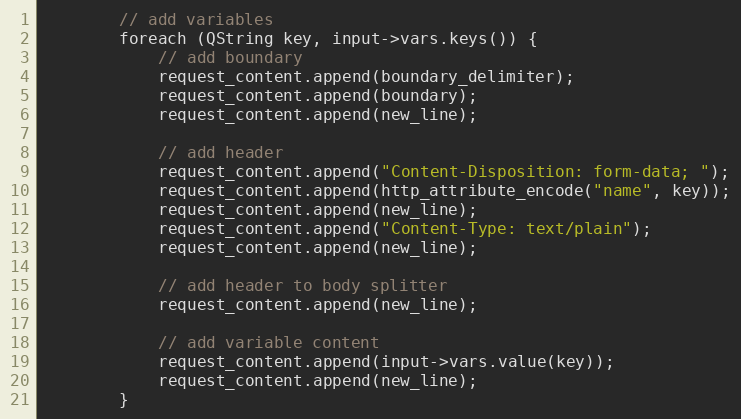
Language: C++
        // add variables
        foreach (QString key, input->vars.keys()) {
            // add boundary
            request_content.append(boundary_delimiter);
            request_content.append(boundary);
            request_content.append(new_line);

            // add header
            request_content.append("Content-Disposition: form-data; ");
            request_content.append(http_attribute_encode("name", key));
            request_content.append(new_line);
            request_content.append("Content-Type: text/plain");
            request_content.append(new_line);

            // add header to body splitter
            request_content.append(new_line);

            // add variable content
            request_content.append(input->vars.value(key));
            request_content.append(new_line);
        }